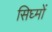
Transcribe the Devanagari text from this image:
सिघ्मों